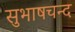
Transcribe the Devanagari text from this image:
सुभाषचन्द